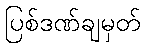
ပြစ်ဒဏ်ချမှတ်